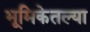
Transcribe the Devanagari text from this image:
भूमिकेतल्या